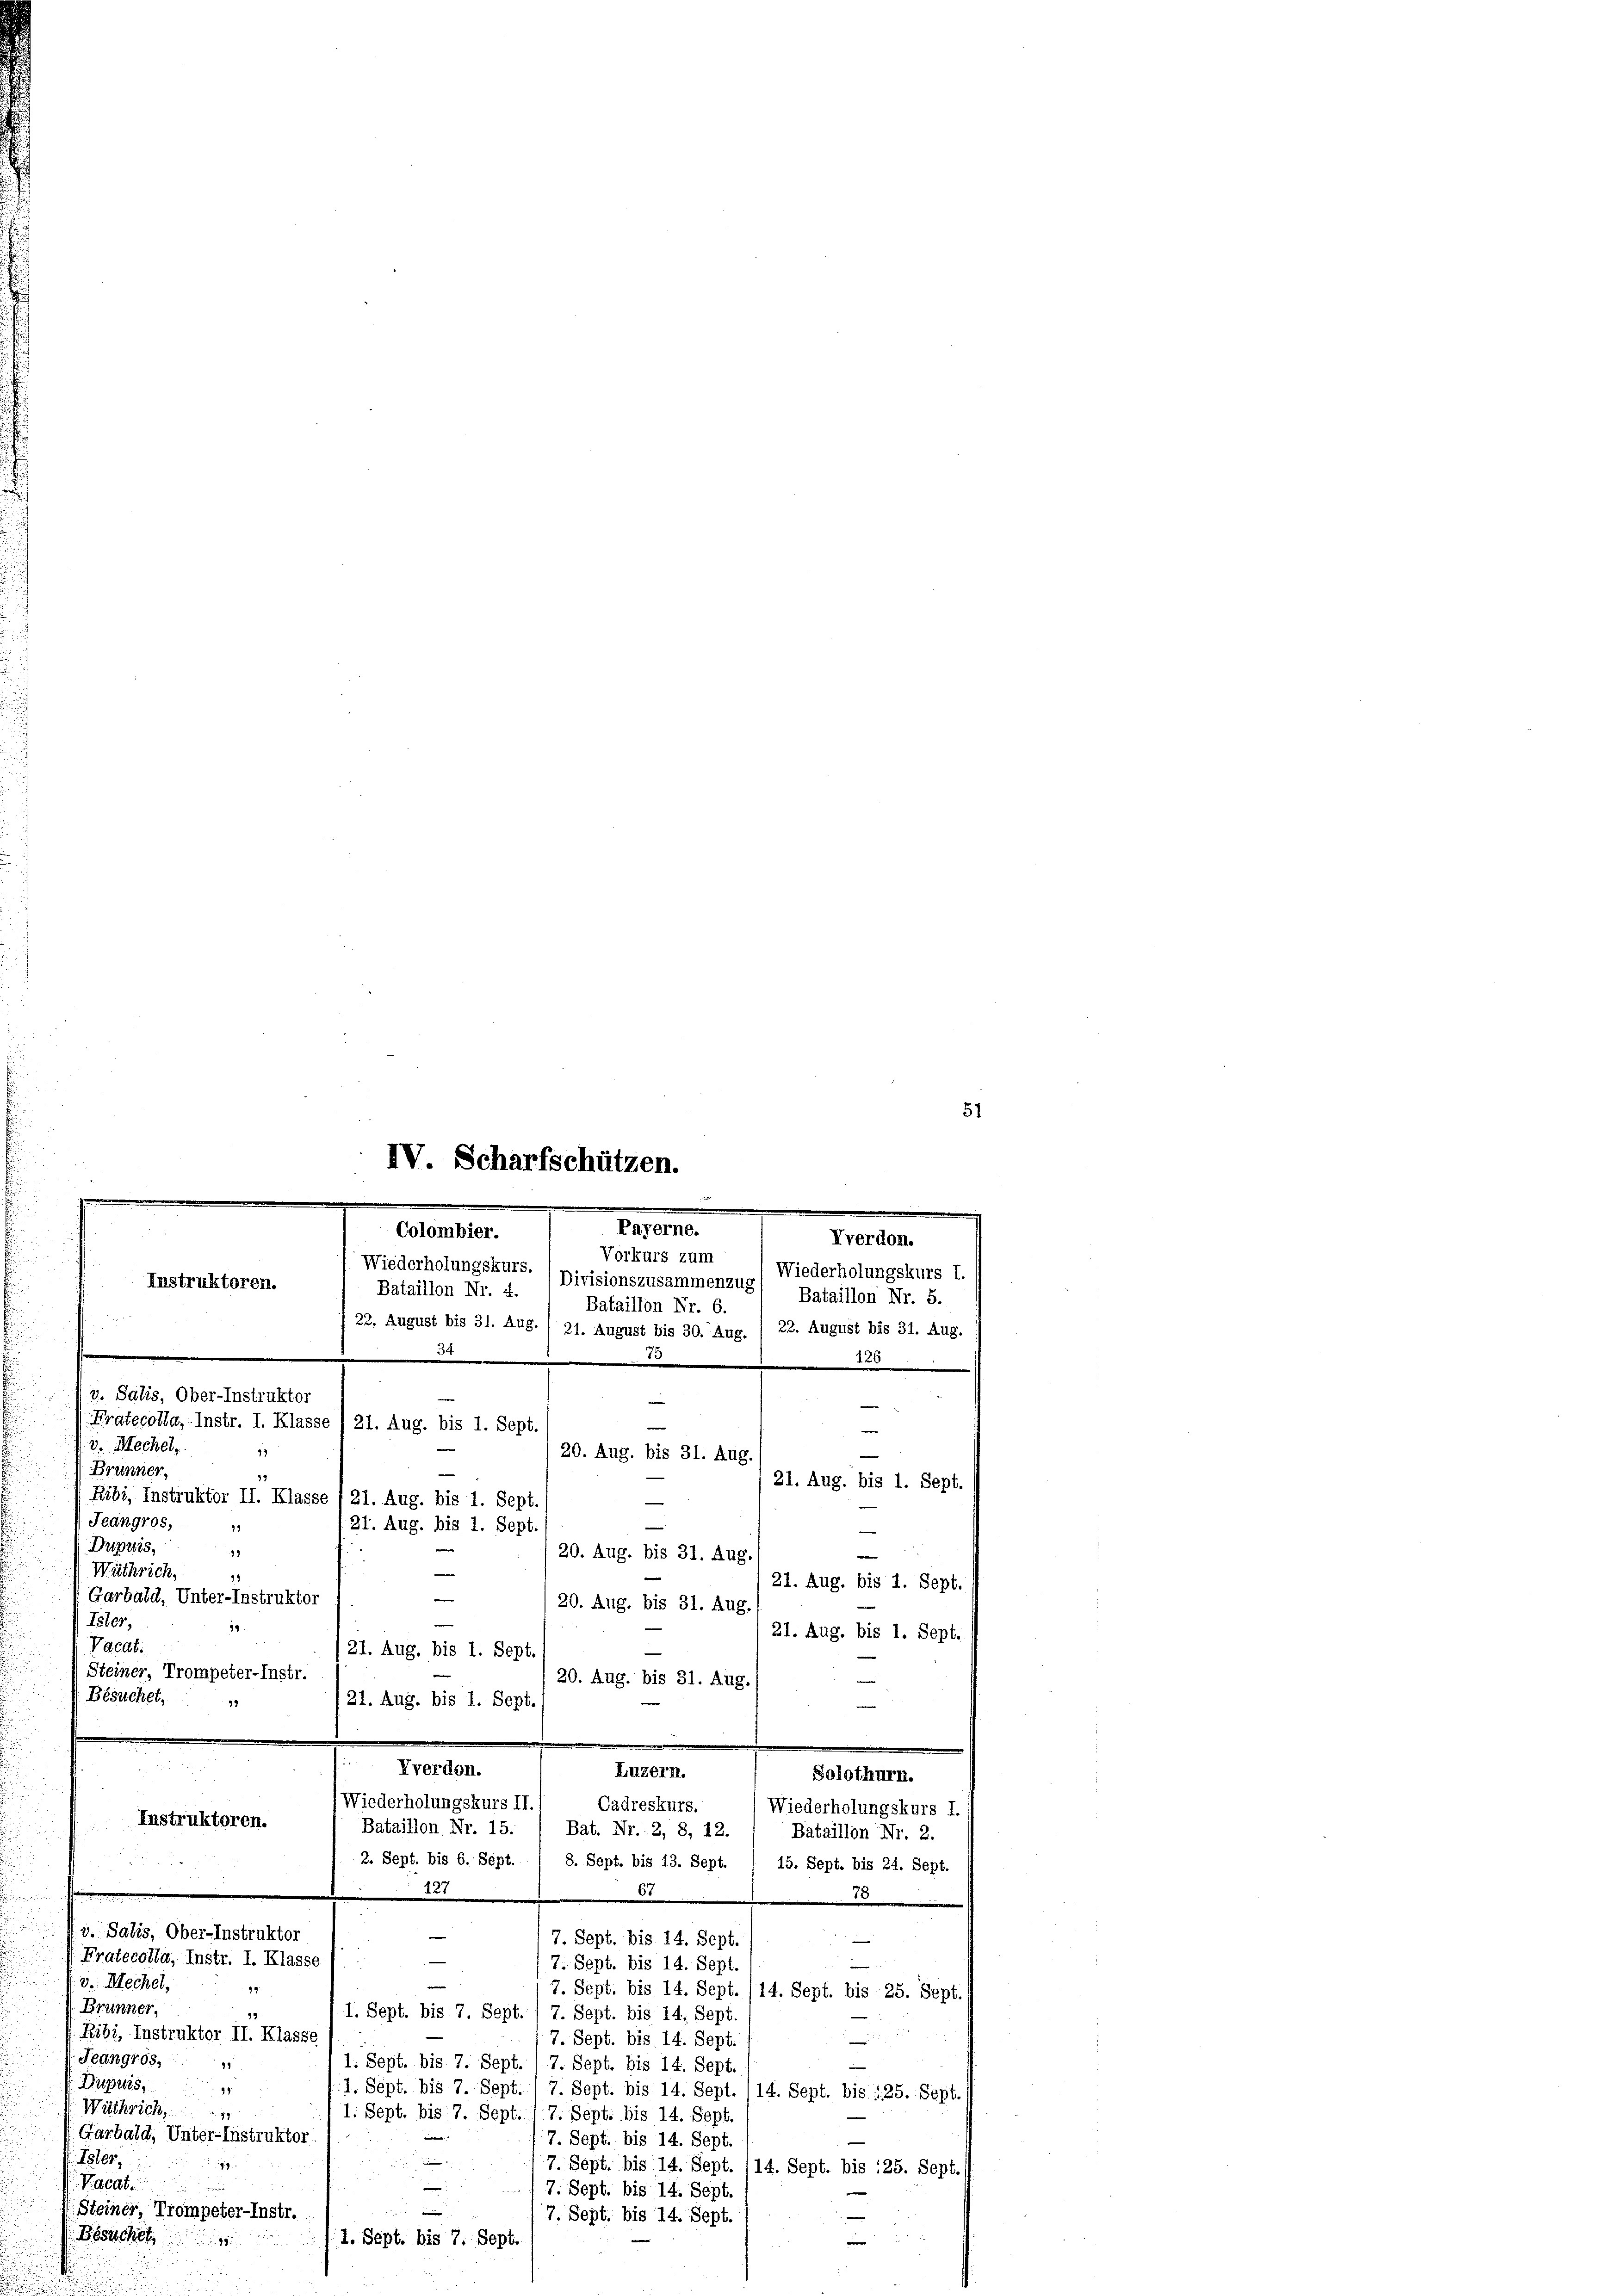
IV. Scharfschützen.
e
Payerne.
Colombier.
Vverdon.
Vorkurs zum Wiederholungskurs I.
Wiederholungskurs. (pivisionszusammenzug) Bataillon Nr. 5.
Instruktoren.
Bataillon Nr. 4.
.

51

Bataillon Nr. 6.
22. August bis 31. Aug. / 21. August bis 30. Aug. / 22. August bis 31. Aug.
75
2. Salis, Ober-Instruktor
e
Pratecolla, Instr. I. Klasse 21. Aug. bis 1. Sept.
.
v. Mechel
9
20. Aug. bis 31. Aug.
Brünner,
15
Ribi, Instruktor II. Klasse , 21. Aug. bis 1. Sept.
e
Jeangros,
21. Aug. bis 1. Sept.
Dupuis,
14
20. Aug. bis 31. Aug.
Wüthrich,
e
11

Garbald, Unter-Instruktor
20. Aug. bis 31. Aug.
e
Isler,
19.
21. Aug. bis 1. Sept.
Vacdt:
21. Aug. bis 1. Sept.
Steiner, Trompeter-Instr.
20. Aug. bis 31. Aug.
—
Besuchet,
21. Aug. bis 1. Sept.
99
Vverdon.
Luzern.
(Wiederholungskurs II.
Cadreskurs
Wiederholungskurs I.
Instruktoren.
Bataillon Nr. 15. / Bat. Nr. 2, 8, 12.
Bataillon Nr. 2.
2. Sept. bis 6. Sept. / 8. Sept. bis 13. Sept. 1 15. Sept. bis 24. Sept.
127
67.
75
v. Salis, Ober-Instruktor

7. Sept. bis 14. Sept.
Pratocolla, Instr. I. Klasse (
n
e
7. Sept. bis 14. Sept.
v. Mechel,
e
99:
7. Sept. bis 14. Sept. (14. Sept. bis 25. Sept.
Brunner,
19
I. Sept. bis 7. Sept. 1 7. Sept. bis 14. Sept.
Ribi, Instruktor II. Klasse
7. Sept. bis 14. Sept.
—
Jeangrös
1. Sept. bis 7. Sept. 17. Sept. bis 14. Sept.
1
Dupriis,
98
1. Sept. bis 7. Sept. /7. Sept. bis 14. Sept. /14. Sept. bis 125. Sept.
Wäthrich,
1. Sept. bis 7. Sept. 17. Sept. bis 14. Sept.
Garbald, Unter-Instruktor
e
7. Sept. bis 14. Sept.
1801.
i
94.
/7. Sept. bis 14. Sept. 114. Sept. bis 125. Sept.
i
Vacat.
e
/7. Sept. bis 14. Sept.
e
Steiner, Trompeter-Instr.
|
7. Sept. bis 14. Sept
d
I. Sept. bis 7. Sept.
Besuchet

i

220
e
21. Aug. bis 1. Sept.
n
e
21. Aug. bis 1. Sept.

Solothurn.